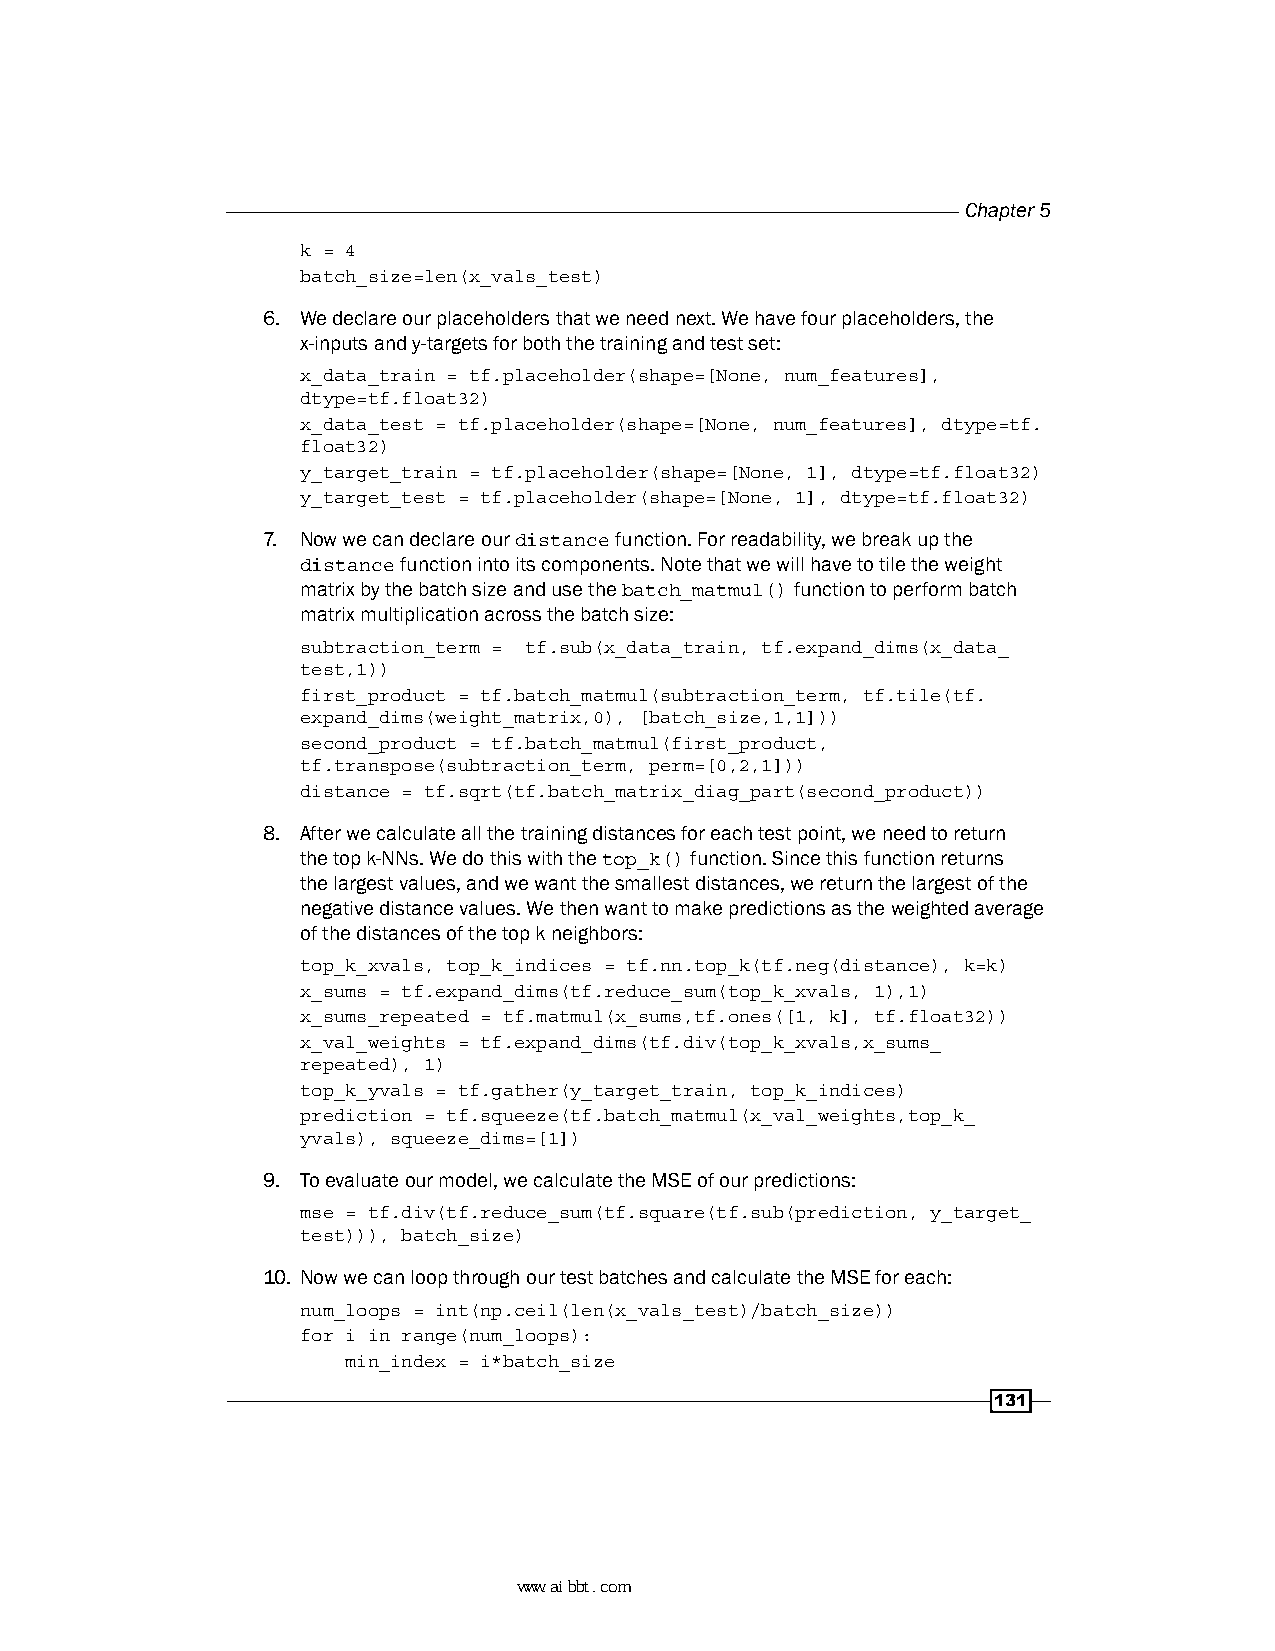
Chapter 5
 k = 4
 batch_size=len(x_vals_test)
 6. We declare our placeholders that we need next. We have four placeholders, the
 x-inputs and y-targets for both the training and test set:
 x_data_train = tf.placeholder(shape=[None, num_features],
 dtype=tf.float32)
 x_data_test = tf.placeholder(shape=[None, num_features], dtype=tf.
 float32)
 y_target_train = tf.placeholder(shape=[None, 1], dtype=tf.float32)
 y_target_test = tf.placeholder(shape=[None, 1], dtype=tf.float32)
 7. Now we can declare our distance function. For readability, we break up the
 distance function into its components. Note that we will have to tile the weight
 matrix by the batch size and use the batch_matmul() function to perform batch
 matrix multiplication across the batch size:
 subtraction_term = tf.sub(x_data_train, tf.expand_dims(x_data_
 test,1))
 first_product = tf.batch_matmul(subtraction_term, tf.tile(tf.
 expand_dims(weight_matrix,0), [batch_size,1,1]))
 second_product = tf.batch_matmul(first_product,
 tf.transpose(subtraction_term, perm=[0,2,1]))
 distance = tf.sqrt(tf.batch_matrix_diag_part(second_product))
 8. After we calculate all the training distances for each test point, we need to return
 the top k-NNs. We do this with the top_k() function. Since this function returns
 the largest values, and we want the smallest distances, we return the largest of the
 negative distance values. We then want to make predictions as the weighted average
 of the distances of the top k neighbors:
 top_k_xvals, top_k_indices = tf.nn.top_k(tf.neg(distance), k=k)
 x_sums = tf.expand_dims(tf.reduce_sum(top_k_xvals, 1),1)
 x_sums_repeated = tf.matmul(x_sums,tf.ones([1, k], tf.float32))
 x_val_weights = tf.expand_dims(tf.div(top_k_xvals,x_sums_
 repeated), 1)
 top_k_yvals = tf.gather(y_target_train, top_k_indices)
 prediction = tf.squeeze(tf.batch_matmul(x_val_weights,top_k_
 yvals), squeeze_dims=[1])
 9. To evaluate our model, we calculate the MSE of our predictions:
 mse = tf.div(tf.reduce_sum(tf.square(tf.sub(prediction, y_target_
 test))), batch_size)
 10. Now we can loop through our test batches and calculate the MSE for each:
 num_loops = int(np.ceil(len(x_vals_test)/batch_size))
 for i in range(num_loops):
 min_index = i*batch_size
 131
 www.aibbt.com 让未来触手可及